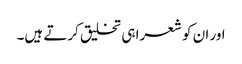
اور ان کو شعرا ہی تخلیق کرتے ہیں۔